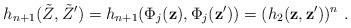
LaTeX: \begin{align*}h_{n+1}(\tilde{Z},\tilde{Z}^{\prime})=h_{n+1}(\Phi_{j}(\mathbf{z}),\Phi_{j}(\mathbf{z}^{\prime}))=(h_{2}(\mathbf{z},\mathbf{z}^{\prime}))^{n}\ .\end{align*}